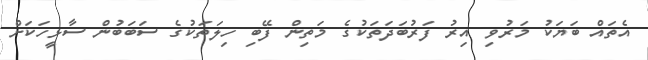
އެތައް ބަޔަކު މަރުވި އިރު ފަރުބަދަތަކުގެ މަތިން ފޭބި ހިލަތަކުގެ ސަބަބުން ސާޅީހަކަށް